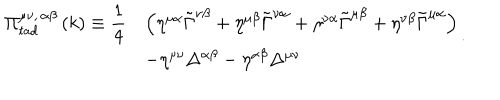
\begin{array} { l l l } { { \Pi _ { t a d } ^ { \mu \nu , \, \alpha \beta } \left( k \right) \equiv \displaystyle { \frac { 1 } { 4 } } } } & { { \left( \eta ^ { \mu \alpha } \tilde { \Gamma } ^ { \nu \beta } + \eta ^ { \mu \beta } \tilde { \Gamma } ^ { \nu \alpha } + \eta ^ { \nu \alpha } \tilde { \Gamma } ^ { \mu \beta } + \eta ^ { \nu \beta } \tilde { \Gamma } ^ { \mu \alpha } \right) } } \\ { { } } & { { - \eta ^ { \mu \nu } \Delta ^ { \alpha \beta } - \eta ^ { \alpha \beta } \Delta ^ { \mu \nu } } } \\ \end{array} .